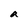
Character: a